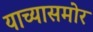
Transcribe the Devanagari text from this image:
याच्यासमोर